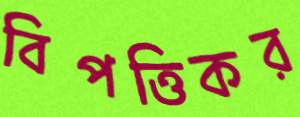
বিপত্তিকর